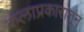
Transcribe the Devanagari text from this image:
कलाप्रकारांतून